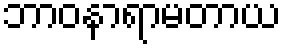
ဘာဝနာရာမတာယ